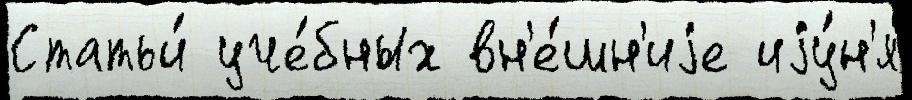
Статьи́ уче́бных вн'е́шн'иjе иjу́н'я